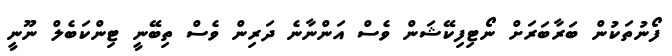
ފޯނުތަކުން ބަރާބަރަށް ނޯޓިފިކޭޝަން ވެސް އަންނާނެ ދަރިން ވެސް ތިބޭނީ ޓިންކަބެލް ނޫނީ